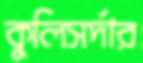
কুলিসর্দার